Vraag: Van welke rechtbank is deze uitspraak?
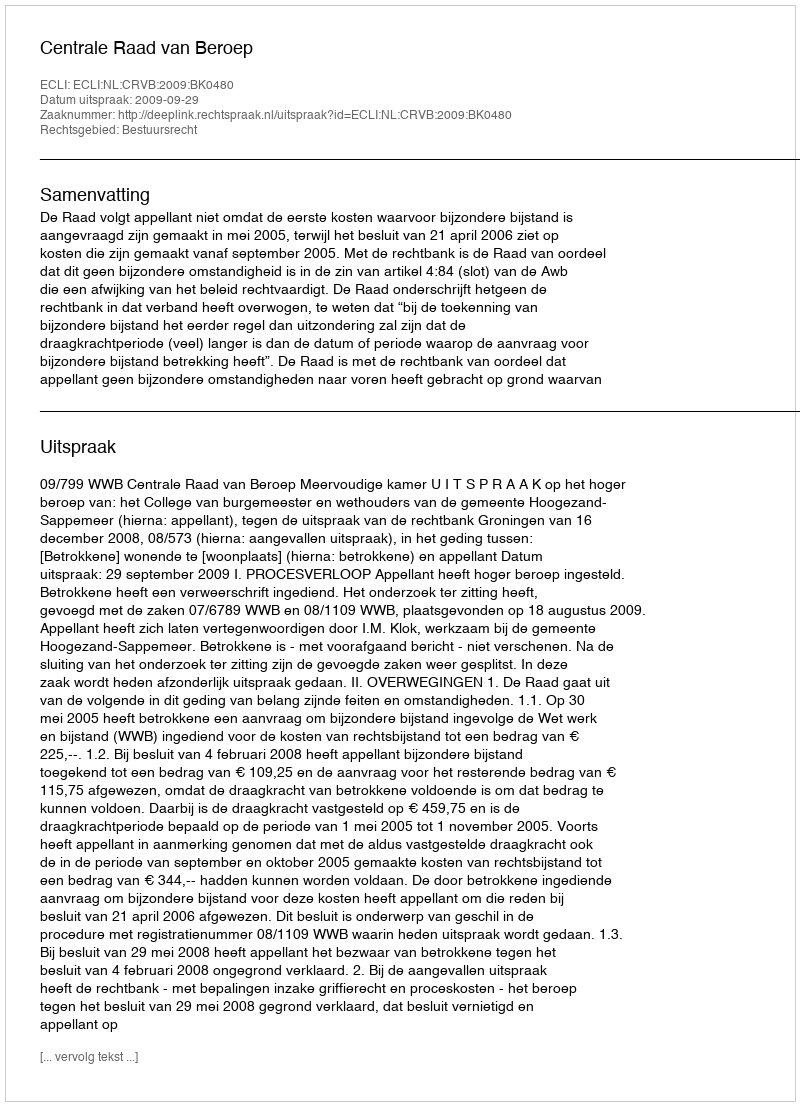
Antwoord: Centrale Raad van Beroep